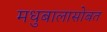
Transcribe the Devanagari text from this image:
मधुबालासोबत